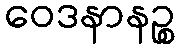
ဝေဒနာနဉ္စ